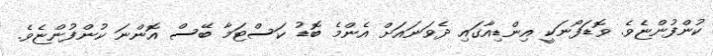
ކުންފުންޏެވެ. ވޮޑަފޯނަކީ އިންޑިއާގައި ދެވަނައަށް އެންމެ ބޮޑު ކަސްޓަމާ ބޭސް އޮންނަ ކުންފުންޏެވެ.